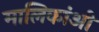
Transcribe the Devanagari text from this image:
मालिकांओ